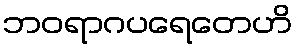
ဘဝရာဂပရေတေဟိ